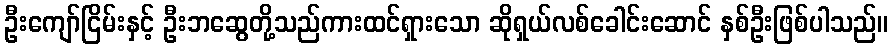
ဦးကျော်ငြိမ်းနှင့် ဦးဘဆွေတို့သည်ကားထင်ရှားသော ဆိုရှယ်လစ်ခေါင်းဆောင် နှစ်ဦးဖြစ်ပါသည်။